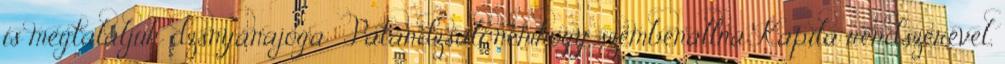
is megtaláljuk dzsnyánajóga . Patandzsali nemhogy szembenállna Kapila rendszerével,